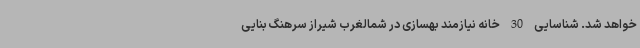
خواهد شد. شناسایی 30 خانه نیازمند بهسازی در شمالغرب شیراز سرهنگ بنایی